Indian journal of veterinary science and animal husbandry - Volumes 24-25, 1954-1955
Year: 1954
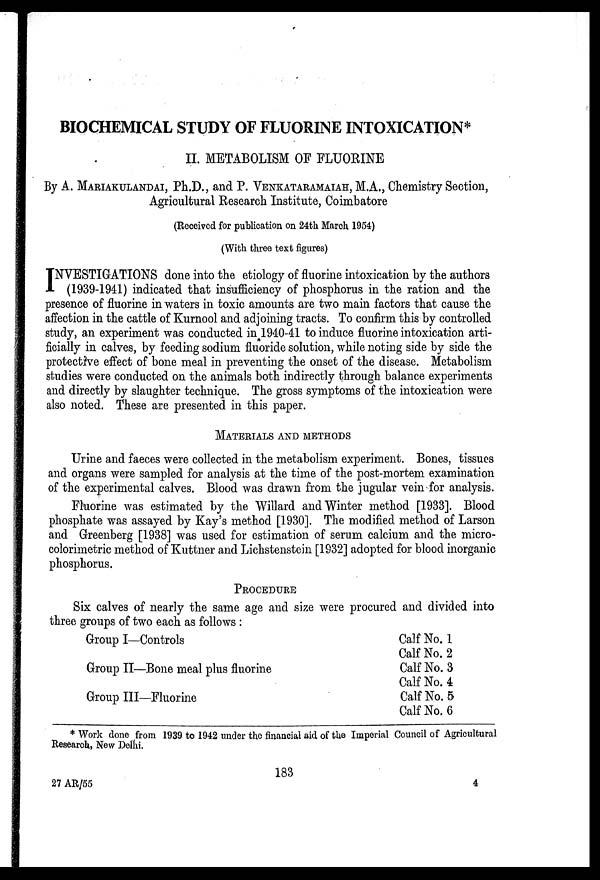
BIOCHEMICAL STUDY OF FLUORINE INTOXICATION*
II. METABOLISM OF FLUORINE
By A. MARIAKULANDAI, Ph.D., and P. VENKATARAMAIAH, M.A., Chemistry Section,
Agricultural Research Institute, Coimbatore
(Received for publication on 24th March 1954)
(With three text figures)
I NVESTIGATIONS done into the etiology of fluorine intoxication by the authors
(1939-1941) indicated that insufficiency of phosphorus in the ration and the
presence of fluorine in waters in toxic amounts are two main factors that cause the
affection in the cattle of Kurnool and adjoining tracts. To confirm this by controlled
study, an experiment was conducted in 1940-41 to induce fluorine intoxication arti-
ficially in calves, by feeding sodium fluoride solution, while noting side by side the
protective effect of bone meal in preventing the onset of the disease. Metabolism
studies were conducted on the animals both indirectly through balance experiments
and directly by slaughter technique. The gross symptoms of the intoxication were
also noted. These are presented in this paper.
MATERIALS AND METHODS
Urine and faeces were collected in the metabolism experiment. Bones, tissues
and organs were sampled for analysis at the time of the post-mortem examination
of the experimental calves. Blood was drawn from the jugular vein for analysis.
Fluorine was estimated by the Willard and Winter method [1933]. Blood
phosphate was assayed by Kay's method [1930]. The modified method of Larson
and Greenberg [1938] was used for estimation of serum calcium and the micro-
colorimetric method of Kuttner and Lichstenstein [1932] adopted for blood inorganic
phosphorus.
PROCEDURE
Six calves of nearly the same age and size were procured and divided into
three groups of two each as follows:
Group I—Controls
Group II—Bone meal plus fluorine
Group III—Fluorine
Calf No. 1
Calf No. 2
Calf No. 3
Calf No. 4
Calf No. 5
Calf No. 6
* Work done from 1939 to 1942 under the financial aid of the Imperial Council of Agricultural
Research, New Delhi.
183
27 AR/55
4